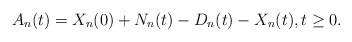
LaTeX: \begin{align*} A_n (t) = X_n (0) + N_n (t) -D_n (t) - X_n (t),t \ge0.\end{align*}